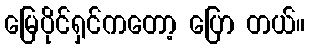
မြေပိုင်ရှင်ကတော့ ပြော တယ်။